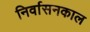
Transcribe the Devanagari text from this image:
निर्वासनकाल